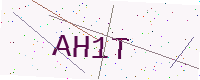
Text: AH1T